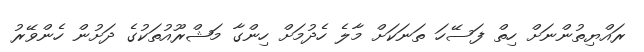
ރައްޔިތުންނަށް ހިތް ފަސޭހަ ތަނަކަށް މާލެ ހެދުމަށް ހިންގާ މަޝްރޫއުތަކުގެ ދަށުން ހެންވޭރު